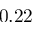
0 . 2 2